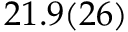
2 1 . 9 ( 2 6 )